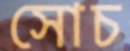
সোচ